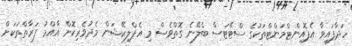
ހަދާފައިވާ އެޕޮއިންޓްމަންޓްތަކުގެ ސްޓޭޓަސް ބެލޭނެ ގޮތްވެސް މި އެޕްލިކޭޝަން މެދުވެރިކޮށް އާއްމު ފަރާތްތަކަށް